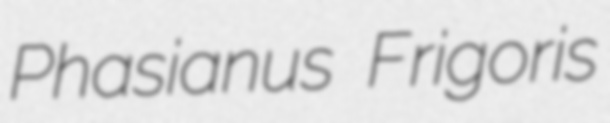
Phasianus Frigoris